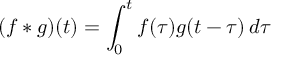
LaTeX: ( f * g ) ( t ) = \int _ { 0 } ^ { t } f ( \tau ) g ( t - \tau ) \, d \tau